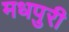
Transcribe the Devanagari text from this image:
मधपुरी